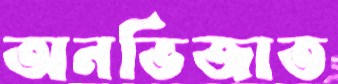
অনভিজাত